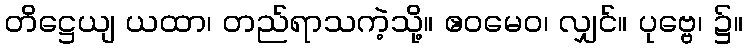
တိဋ္ဌေယျ ယထာ၊ တည်ရာသကဲ့သို့။ ဧဝမေဝ၊ လျှင်။ ပုဗ္ဗေ၊ ၌။